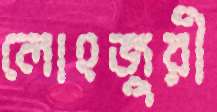
লোহজুরী